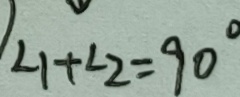
\angle 1 + \angle 2 = 9 0 ^ { \circ }